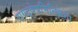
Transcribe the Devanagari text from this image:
रागद्वेषभिनिवेशा